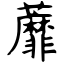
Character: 蘼